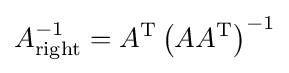
A_{\text{right}}^{-1}=A^{\text{T}}\left(AA^{\text{T}}\right)^{-1}